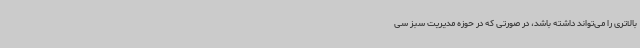
بالاتری را می‌تواند داشته باشد، در صورتی که در حوزه مدیریت سبز سی